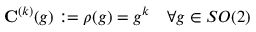
\mathbf { C } ^ { ( k ) } ( g ) : = \rho ( g ) = g ^ { k } \quad \forall g \in S O ( 2 )